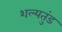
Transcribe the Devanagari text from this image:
शल्यतुंड